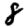
Digit: 8